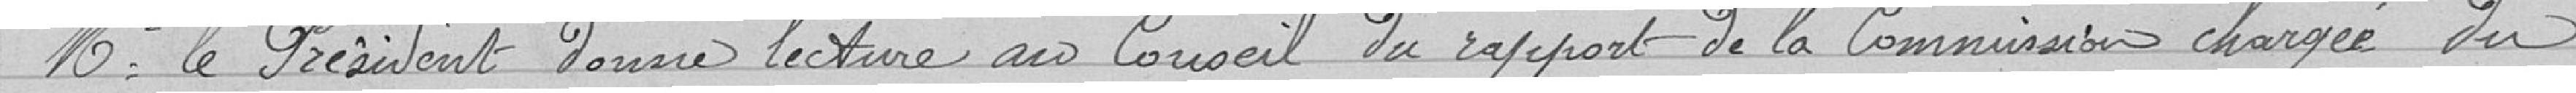
Monsieur le Président donne lecture au Conseil du rapport de la commission chargée du